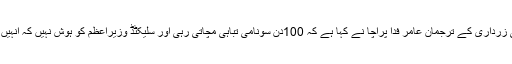
جب کہ پارلیمنٹیرینز کے صدر آصف علی زرداری کے ترجمان عامر فدا پراچا نے کہا ہے کہ 100دن سونامی تباہی مچاتی رہی اور سلیکٹڈ وزیراعظم کو ہوش نہیں کہ انہیں یاد ہو کہ وہ وزیراعظم بنا دئیے گئے ہیں۔